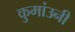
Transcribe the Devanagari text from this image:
कुमांउनी